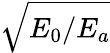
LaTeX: \sqrt{E_{0}/E_{a}}